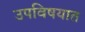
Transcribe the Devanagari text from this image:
उपविषयात